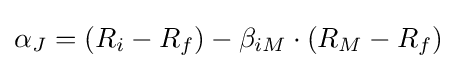
\alpha _{J}=(R_{i}-R_{f})-\beta _{iM}\cdot (R_{M}-R_{f})